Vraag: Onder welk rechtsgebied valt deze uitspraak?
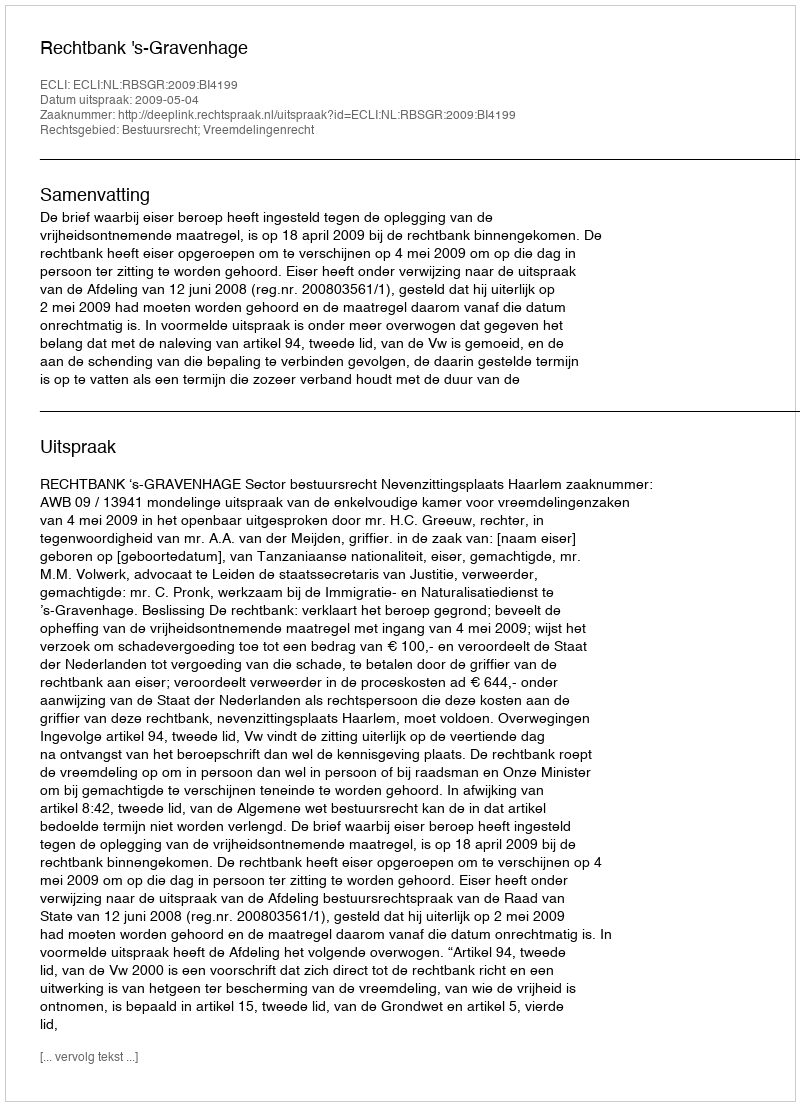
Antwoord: Bestuursrecht; Vreemdelingenrecht